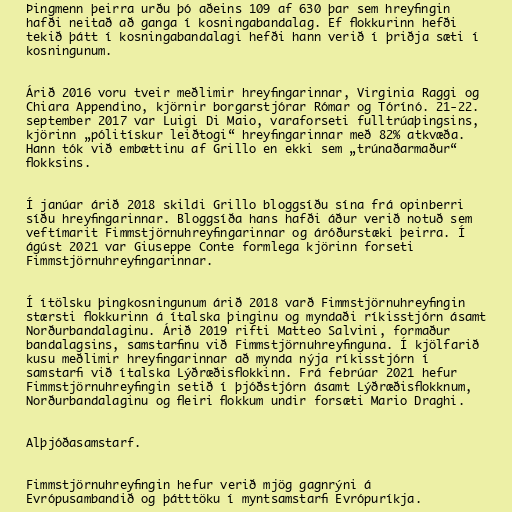
Þingmenn þeirra urðu þó aðeins 109 af 630 þar sem hreyfingin
hafði neitað að ganga í kosningabandalag. Ef flokkurinn hefði
tekið þátt í kosningabandalagi hefði hann verið í þriðja sæti í
kosningunum.

Árið 2016 voru tveir meðlimir hreyfingarinnar, Virginia Raggi og
Chiara Appendino, kjörnir borgarstjórar Rómar og Tórínó. 21-22.
september 2017 var Luigi Di Maio, varaforseti fulltrúaþingsins,
kjörinn „pólitískur leiðtogi“ hreyfingarinnar með 82% atkvæða.
Hann tók við embættinu af Grillo en ekki sem „trúnaðarmaður“
flokksins.

Í janúar árið 2018 skildi Grillo bloggsíðu sína frá opinberri
síðu hreyfingarinnar. Bloggsíða hans hafði áður verið notuð sem
veftímarit Fimmstjörnuhreyfingarinnar og áróðurstæki þeirra. Í
ágúst 2021 var Giuseppe Conte formlega kjörinn forseti
Fimmstjörnuhreyfingarinnar.

Í ítölsku þingkosningunum árið 2018 varð Fimmstjörnuhreyfingin
stærsti flokkurinn á ítalska þinginu og myndaði ríkisstjórn ásamt
Norðurbandalaginu. Árið 2019 rifti Matteo Salvini, formaður
bandalagsins, samstarfinu við Fimmstjörnuhreyfinguna. Í kjölfarið
kusu meðlimir hreyfingarinnar að mynda nýja ríkisstjórn í
samstarfi við ítalska Lýðræðisflokkinn. Frá febrúar 2021 hefur
Fimmstjörnuhreyfingin setið í þjóðstjórn ásamt Lýðræðisflokknum,
Norðurbandalaginu og fleiri flokkum undir forsæti Mario Draghi.

Alþjóðasamstarf.

Fimmstjörnuhreyfingin hefur verið mjög gagnrýni á
Evrópusambandið og þátttöku í myntsamstarfi Evrópuríkja.